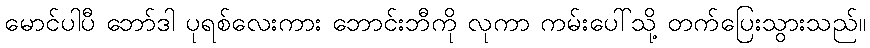
မောင်ပါပီ ဘော်ဒါ ပုရစ်လေးကား ဘောင်းဘီကို လုကာ ကမ်းပေါ်သို့ တက်ပြေးသွားသည်။